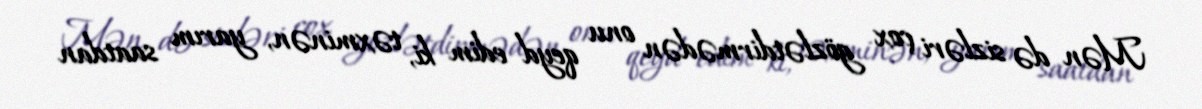
Mən də sizləri çox gözlətdirmədən onu qeyd edim ki, təxminən, yarım saatdan